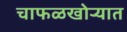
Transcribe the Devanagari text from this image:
चाफळखोऱ्यात